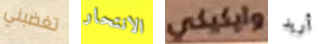
تغضبني الانتحار وايكيكي أريد